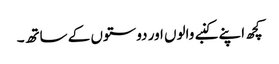
کچھ اپنے کنبے والوں اور دوستوں کے ساتھ۔